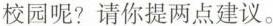
校园呢?请你提两点建议。